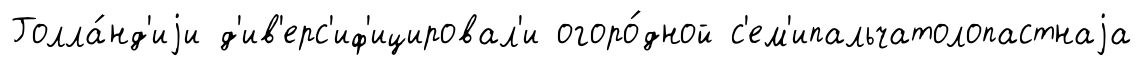
Голла́нд'иjи д'ив'ерс'иф'ицировал'и огоро́дной с'ем'ипальчатолопастнаjа